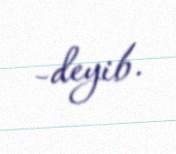
-deyib.